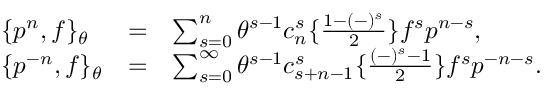
\begin{array} { l c l } { { \{ p ^ { n } , f \} _ { \theta } } } & { { = } } & { { \sum _ { s = 0 } ^ { n } \theta ^ { s - 1 } c _ { n } ^ { s } \{ \frac { 1 - ( - ) ^ { s } } { 2 } \} f ^ { s } p ^ { n - s } , } } \\ { { \{ p ^ { - n } , f \} _ { \theta } } } & { { = } } & { { \sum _ { s = 0 } ^ { \infty } \theta ^ { s - 1 } c _ { s + n - 1 } ^ { s } \{ \frac { ( - ) ^ { s } - 1 } { 2 } \} f ^ { s } p ^ { - n - s } . } } \end{array}